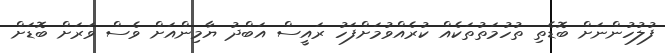
ފުލުހުންނަށް ބޮޑެތި ތުހުމަތުތަކެއް ކުރެއްވުމަށްފަހު ރައީސް އަބްދު ޔާމިންއަށް ވެސް ވަރަށް ބޮޑަށް